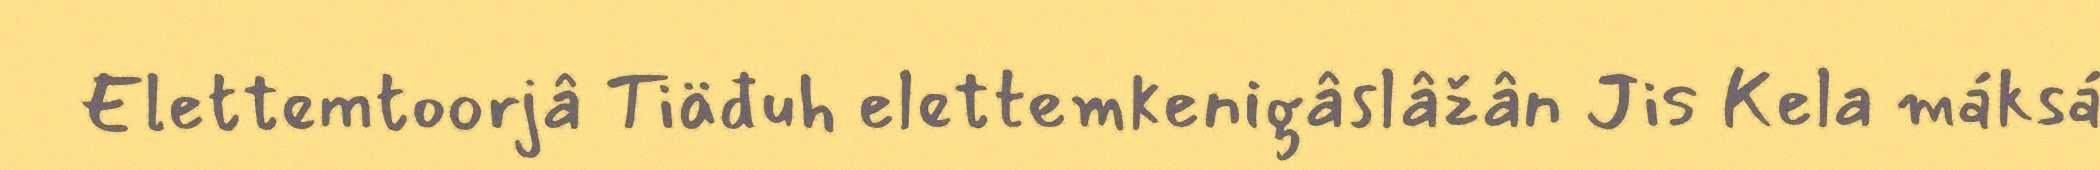
Elettemtoorjâ Tiäđuh elettemkenigâslâžân Jis Kela máksá